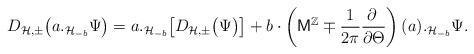
LaTeX: \begin{align*}D_{\mathcal{H}, \pm} \big(a._{\mathcal{H}_{-b}} \Psi\bigr)=a._{\mathcal{H}_{-b}} \bigl[D_{\mathcal{H}, \pm} \big(\Psi\bigr)\bigr]+ b\cdot\left( \mathsf{M}^{\mathbb{Z}}\mp \frac{1}{2\pi} \frac{\partial\;}{\partial \Theta}\right) (a)._{\mathcal{H}_{-b}} \Psi.\end{align*}